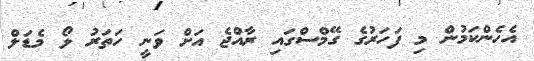
އެހެންކަމުން މި ފަހަރުގެ ގޭމްސްގައި ރާއްޖެ އަށް ވަނީ ހަތަރު ލޯ މެޑަލް